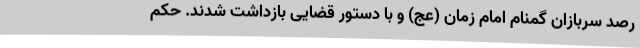
رصد سربازان گمنام امام زمان (عج) و با دستور قضایی بازداشت شدند. حکم